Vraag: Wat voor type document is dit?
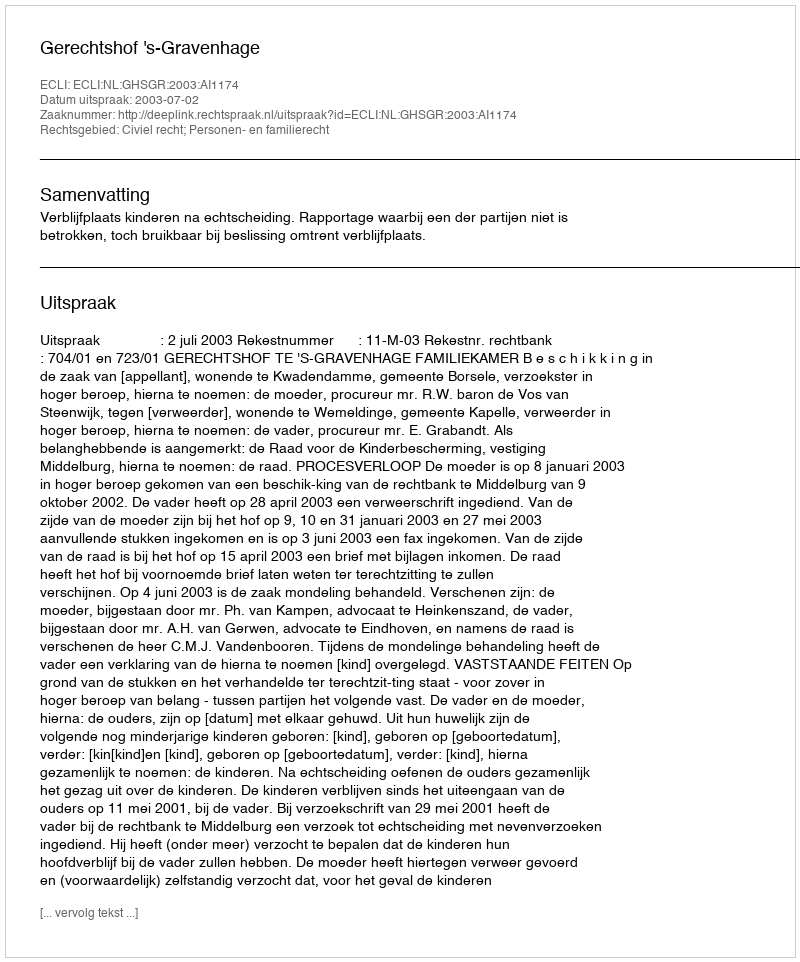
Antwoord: Uitspraak